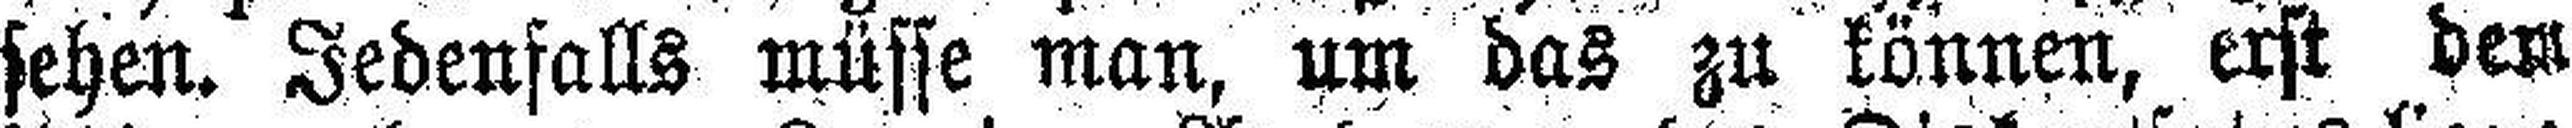
sehen. Jedenfalls müsse man, um das zu können erst dem